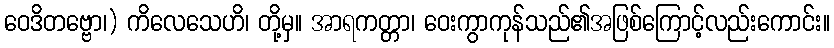
ဝေဒိတဗ္ဗော၊) ကိလေသေဟိ၊ တို့မှ။ အာရကတ္တာ၊ ဝေးကွာကုန်သည်၏အဖြစ်ကြောင့်လည်းကောင်း။